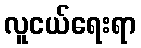
လူငယ်ရေးရာ